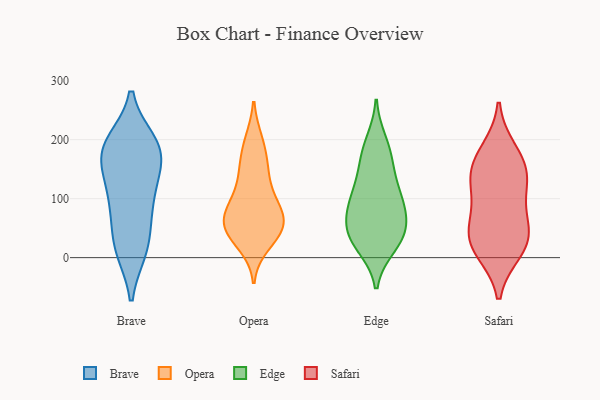
{"axis": {"x": "Market Share (%)", "y": "Value"}, "legend": ["Brave", "Edge", "Opera", "Safari"], "data": [{"x": "", "y": 88, "type": "Brave"}, {"x": "", "y": 191, "type": "Brave"}, {"x": "", "y": 114, "type": "Brave"}, {"x": "", "y": 20, "type": "Brave"}, {"x": "", "y": 173, "type": "Brave"}, {"x": "", "y": 103, "type": "Brave"}, {"x": "", "y": 14, "type": "Brave"}, {"x": "", "y": 164, "type": "Brave"}, {"x": "", "y": 180, "type": "Brave"}, {"x": "", "y": 195, "type": "Brave"}, {"x": "", "y": 64, "type": "Brave"}, {"x": "", "y": 147, "type": "Brave"}, {"x": "", "y": 195, "type": "Brave"}, {"x": "", "y": 14, "type": "Brave"}, {"x": "", "y": 101, "type": "Opera"}, {"x": "", "y": 22, "type": "Opera"}, {"x": "", "y": 148, "type": "Opera"}, {"x": "", "y": 156, "type": "Opera"}, {"x": "", "y": 79, "type": "Opera"}, {"x": "", "y": 47, "type": "Opera"}, {"x": "", "y": 76, "type": "Opera"}, {"x": "", "y": 76, "type": "Opera"}, {"x": "", "y": 30, "type": "Opera"}, {"x": "", "y": 53, "type": "Opera"}, {"x": "", "y": 198, "type": "Opera"}, {"x": "", "y": 199, "type": "Opera"}, {"x": "", "y": 55, "type": "Opera"}, {"x": "", "y": 161, "type": "Opera"}, {"x": "", "y": 121, "type": "Opera"}, {"x": "", "y": 60, "type": "Opera"}, {"x": "", "y": 40, "type": "Opera"}, {"x": "", "y": 55, "type": "Opera"}, {"x": "", "y": 100, "type": "Opera"}, {"x": "", "y": 30, "type": "Edge"}, {"x": "", "y": 128, "type": "Edge"}, {"x": "", "y": 20, "type": "Edge"}, {"x": "", "y": 39, "type": "Edge"}, {"x": "", "y": 166, "type": "Edge"}, {"x": "", "y": 174, "type": "Edge"}, {"x": "", "y": 91, "type": "Edge"}, {"x": "", "y": 196, "type": "Edge"}, {"x": "", "y": 72, "type": "Edge"}, {"x": "", "y": 49, "type": "Edge"}, {"x": "", "y": 74, "type": "Edge"}, {"x": "", "y": 115, "type": "Edge"}, {"x": "", "y": 31, "type": "Edge"}, {"x": "", "y": 97, "type": "Edge"}, {"x": "", "y": 22, "type": "Safari"}, {"x": "", "y": 132, "type": "Safari"}, {"x": "", "y": 68, "type": "Safari"}, {"x": "", "y": 180, "type": "Safari"}, {"x": "", "y": 108, "type": "Safari"}, {"x": "", "y": 147, "type": "Safari"}, {"x": "", "y": 41, "type": "Safari"}, {"x": "", "y": 33, "type": "Safari"}, {"x": "", "y": 13, "type": "Safari"}, {"x": "", "y": 156, "type": "Safari"}]}